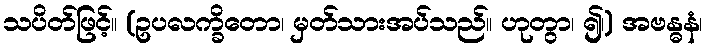
သပိတ်ဖြင့်။ (ဥပလက္ခိတော၊ မှတ်သားအပ်သည်။ ဟုတွာ၊ ၍၊) အဗန္ဓနံ၊